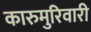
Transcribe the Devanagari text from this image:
कारुमुरिवारी